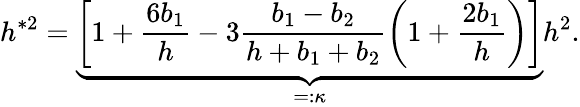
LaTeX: h^{\ast 2}=\underbrace{\left[1+\frac{6b_{1}}{h}-3\frac{b_{1}-b_{2}}{h+b_{1}+b_{2}}\left(1+\frac{2b_{1}}{h}\right)\right]}_{=:\kappa}h^{2}.